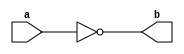
`timescale 1ns / 1ps
//////////////////////////////////////////////////////////////////////////////////
// Company: 
// Engineer: 
// 
// Design Name: 
// Module Name: notgate
// Project Name: 
// Target Devices: 
// Tool Versions: 
// Description: 
// 
// Dependencies: 
// 
// Revision:
// Revision 0.01 - File Created
// Additional Comments:
// 
//////////////////////////////////////////////////////////////////////////////////


module notgate
#(parameter WIDTH = 8)
    (
    input[(WIDTH-1):0] a,
    output[(WIDTH-1):0] b
    );
    assign b = ~a;
endmodule